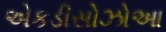
એકડીસોઝોઆ